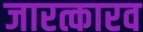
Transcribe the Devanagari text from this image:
जारत्कारव